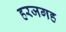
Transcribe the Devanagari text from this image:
हरजगह